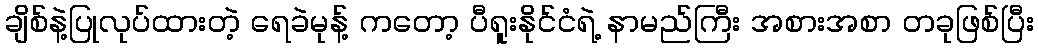
ချိစ်နဲ့ပြုလုပ်ထားတဲ့ ရေခဲမုန့် ကတော့ ပီရူးနိုင်ငံရဲ့ နာမည်ကြီး အစားအစာ တခုဖြစ်ပြီး